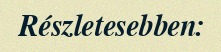
Részletesebben: